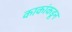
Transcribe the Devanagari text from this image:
काकांकडून